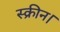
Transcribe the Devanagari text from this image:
स्क्रीन।